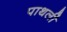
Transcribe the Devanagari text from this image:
पाथर्ली